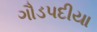
ગૌડપદીયા